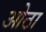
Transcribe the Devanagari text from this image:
ओठा